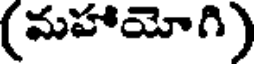
(మహాయోగి)